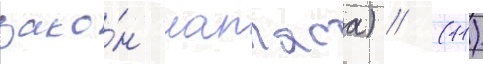
зако́н лапласа) // (11)